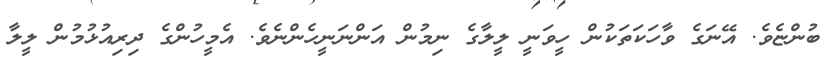
ބުންޏެވެ. އޭނަގެ ވާހަކަތަކުން ހީވަނީ ލީލާގެ ނިމުން އަންނަނީހެންނެވެ. އެމީހުންގެ ދިރިއުޅުމުން ލީލާ